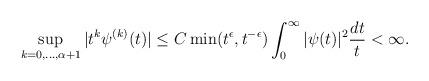
LaTeX: \begin{align*}\sup_{k= 0,\ldots,\alpha + 1} |t^k \psi^{(k)} (t)| \leq C \min (t^\epsilon,t^{-\epsilon}) \int_0^\infty | \psi (t)|^2 \frac{dt}{t} < \infty.\end{align*}